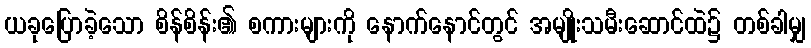
ယခုပြောခဲ့သော စိန်စိန်း၏ စကားများကို နောက်နောင်တွင် အမျိုးသမီးဆောင်ထဲ၌ တစ်ခါမျှ